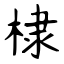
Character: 棣